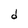
Character: d